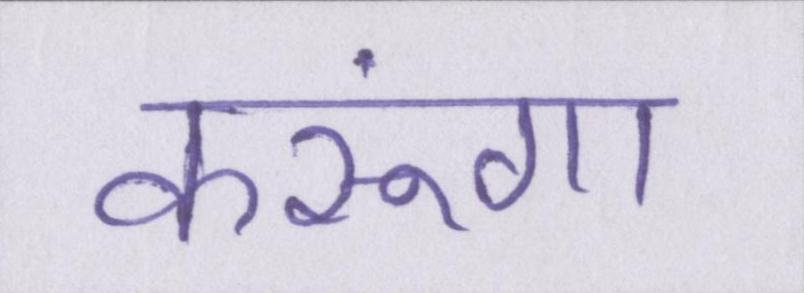
करूंगा